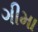
ગીમા